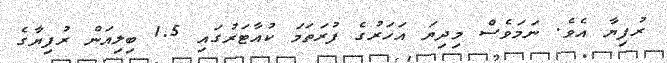
ރުފިޔާ އެވެ. ނަމަވެސް މިދިޔަ އަހަރުގެ ފުރަތަމަ ކުއާޓަރުގައި 1.5 ބިލިއަން ރުފިޔާގެ